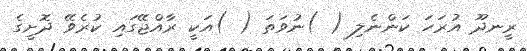
ރީނދޫ އުރަހަ ކަންނެލި ( )ނުވަތަ ( )އަކީ ރާއްޖޭގައި ކުރެވޭ ދޮށީގެ